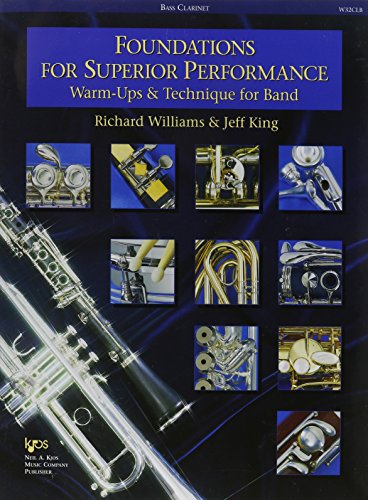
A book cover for W32CLB - Foundations for Superior Performance: Warm-ups and Technique for Band : Bass Clarinet; Richard Williams; Teen & Young Adult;